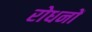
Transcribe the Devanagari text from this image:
रोधनों